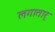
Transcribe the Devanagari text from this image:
लगातार्